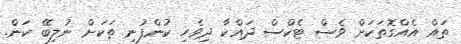
ތައް އެއްގޮތަކަށް ވެސް ޓެކްސް ދައްކާ ދިވެހި ކުންފުނި ތަކަށް ނުލިބޭ ކަން.